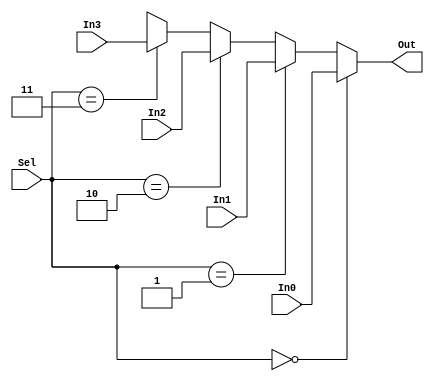
module MUX_Dataflow(Out, In0, In1, In2, In3, Sel);

//input & output
output Out;
input In0, In1, In2, In3;
input [1:0] Sel; //able to declare 2bit input
wire Out;

//define module
assign Out = 
	(Sel == 2'b00) ? In0 : 
	(Sel == 2'b01) ? In1 : 
	(Sel == 2'b10) ? In2 : 
	(Sel == 2'b11) ? In3 : 1'bx;
	
endmodule